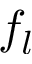
f _ { l }